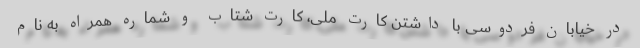
در خیابان فردوسی با داشتن کارت ملی، کارت شتاب و شماره همراه به نام